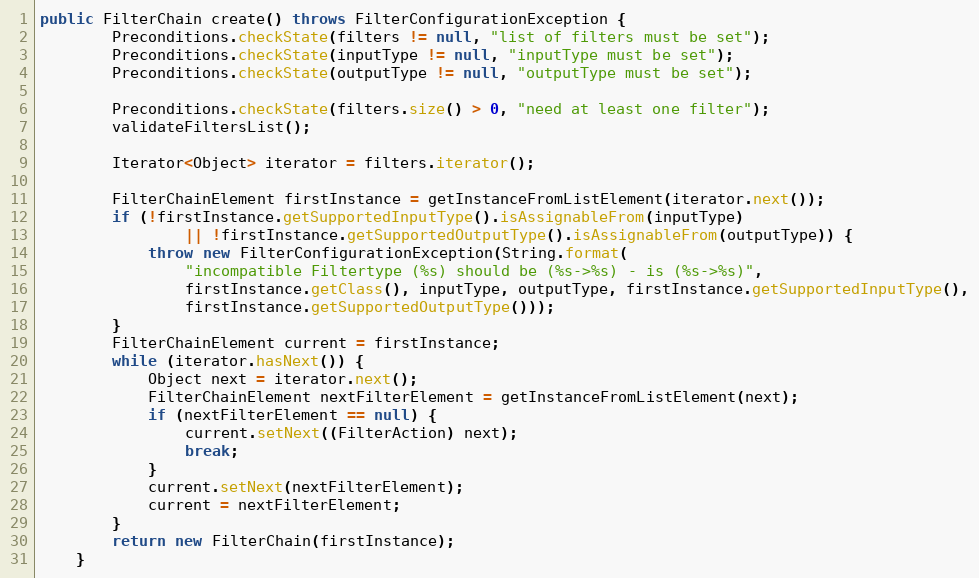
Language: Java
public FilterChain create() throws FilterConfigurationException {
        Preconditions.checkState(filters != null, "list of filters must be set");
        Preconditions.checkState(inputType != null, "inputType must be set");
        Preconditions.checkState(outputType != null, "outputType must be set");

        Preconditions.checkState(filters.size() > 0, "need at least one filter");
        validateFiltersList();

        Iterator<Object> iterator = filters.iterator();

        FilterChainElement firstInstance = getInstanceFromListElement(iterator.next());
        if (!firstInstance.getSupportedInputType().isAssignableFrom(inputType)
                || !firstInstance.getSupportedOutputType().isAssignableFrom(outputType)) {
            throw new FilterConfigurationException(String.format(
                "incompatible Filtertype (%s) should be (%s->%s) - is (%s->%s)",
                firstInstance.getClass(), inputType, outputType, firstInstance.getSupportedInputType(),
                firstInstance.getSupportedOutputType()));
        }
        FilterChainElement current = firstInstance;
        while (iterator.hasNext()) {
            Object next = iterator.next();
            FilterChainElement nextFilterElement = getInstanceFromListElement(next);
            if (nextFilterElement == null) {
                current.setNext((FilterAction) next);
                break;
            }
            current.setNext(nextFilterElement);
            current = nextFilterElement;
        }
        return new FilterChain(firstInstance);
    }